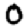
Digit: 0